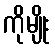
ကိုမျိုး